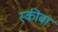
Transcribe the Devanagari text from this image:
स्कीबा